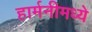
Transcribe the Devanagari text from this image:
हार्मनीमध्ये